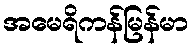
အမေရိကန်မြန်မာ